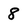
Character: 8